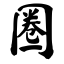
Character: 圈